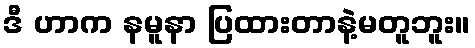
ဒီ ဟာက နမူနာ ပြထားတာနဲ့မတူဘူး။